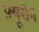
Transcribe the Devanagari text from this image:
फ़्यूरीन